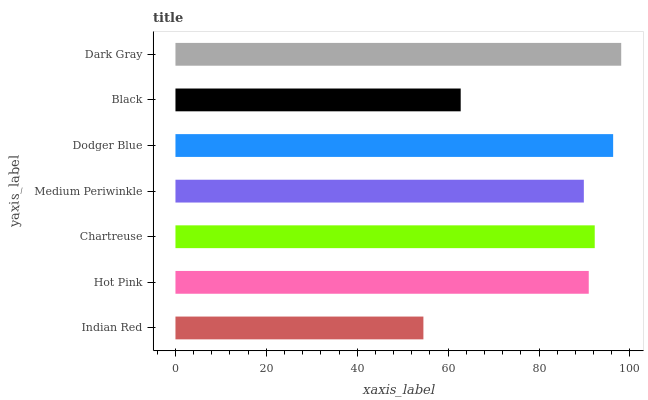
| yaxis_label | bars |
 | --- | --- |
 | Indian Red | 54.5 |
 | Hot Pink | 90.9 |
 | Chartreuse | 92.2 |
 | Medium Periwinkle | 89.8 |
 | Dodger Blue | 96.3 |
 | Black | 62.8 |
 | Dark Gray | 98.1 |